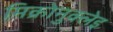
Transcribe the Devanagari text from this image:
मिक्रोनुक्लेइ